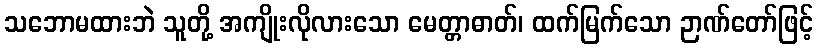
သဘောမထားဘဲ သူတို့ အကျိုးလိုလားသော မေတ္တာဓာတ်၊ ထက်မြက်သော ဉာဏ်တော်ဖြင့်